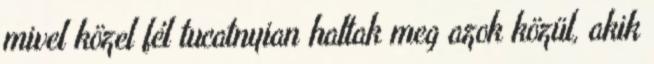
mivel közel fél tucatnyian haltak meg azok közül, akik